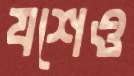
যশেও